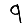
Digit: 9